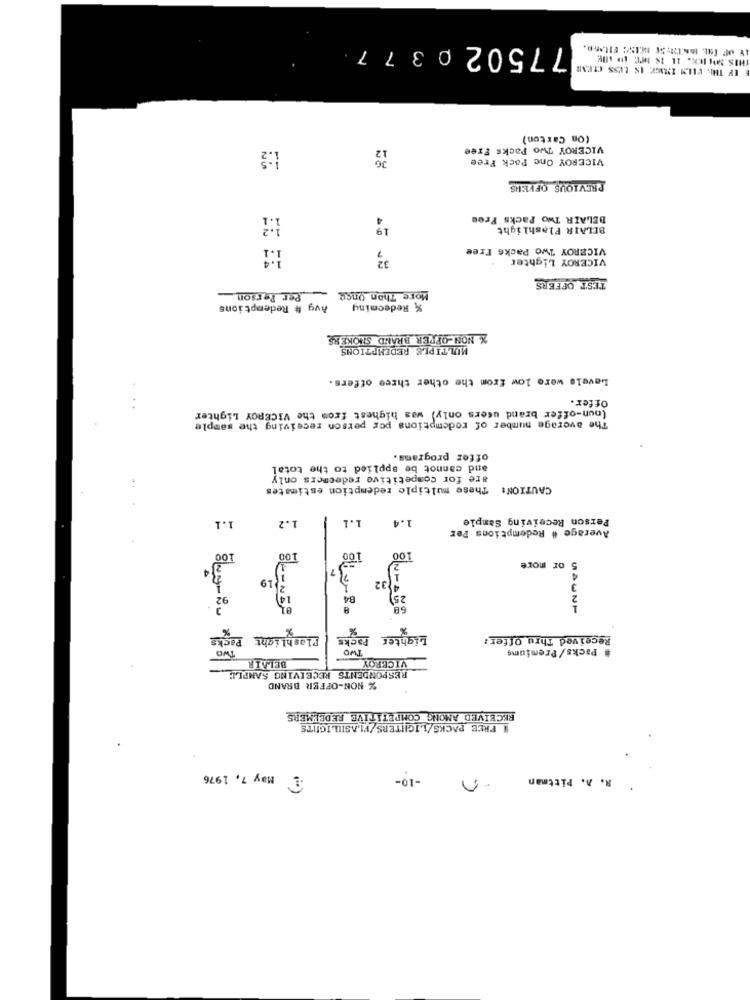
775020377
EEF THE, FILM IMAGE IS LESS CIENE
THIS SOLICK. IL IS MITC IO MOK
(On Carton)
1:3
12
VICEROY Two Packs Free
VICEROY One Pack Free
PREVIOUS OFFERS
4
BELAIR Two Packs Free
19
BELAIR Flashlight
1:1
VICEROY Two Packs Free
7
32
VICEROY Lighter
TEST OFFERS
Per Person
More Than Once
Avg # Redemptions
% Redeeming
X NON-OFFER BRAND SHOKERS
MULTIPLE REDEMPTIONS
Levels were low from the other three offers.
Offer.
(non-offer brand users only) was highest from the VICEROY Lighter
The average number of redemptions per person receiving the sample
offer programs.
and cannot be applied to the total
are for competitive redeemers only
CAUTION: These multiple redemption estimates
1.2
1.1
Person Receiving Sample
Average # Redemptions Per
100
100
34
or more
- 19
92
14
25
68
%
Flashlight Packs
PACKE
Lighter
Received Thru Offer:
Two
TWO
# Packs/Premiums
VICEROY
BELAIR
RESPONDENTS RECEIVING SAMPLE;
% NON-OFFER BRAND
RECEIVED AMONG COMPETITIVE REDELMERS
1 FREE PACKS/LIGHTERS/FLASILLIGHTS
2 may 7, 1976
-10-
R. A. Pittman